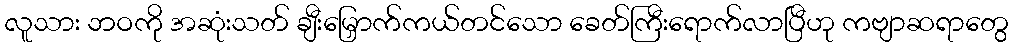
လူသား ဘဝကို အဆုံးသတ် ချီးမြှောက်ကယ်တင်သော ခေတ်ကြီးရောက်လာပြီဟု ကဗျာဆရာတွေ